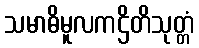
သမာဓိမူလကဌိတိသုတ္တံ